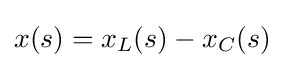
x(s)=x_{L}(s)-x_{C}(s)